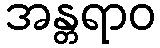
အန္တရာဝ